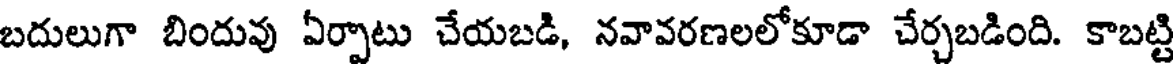
బదులుగా బిందువు ఏర్పాటు చేయబడి, నవావరణలలోకూడా చేర్చబడింది. కాబట్టి